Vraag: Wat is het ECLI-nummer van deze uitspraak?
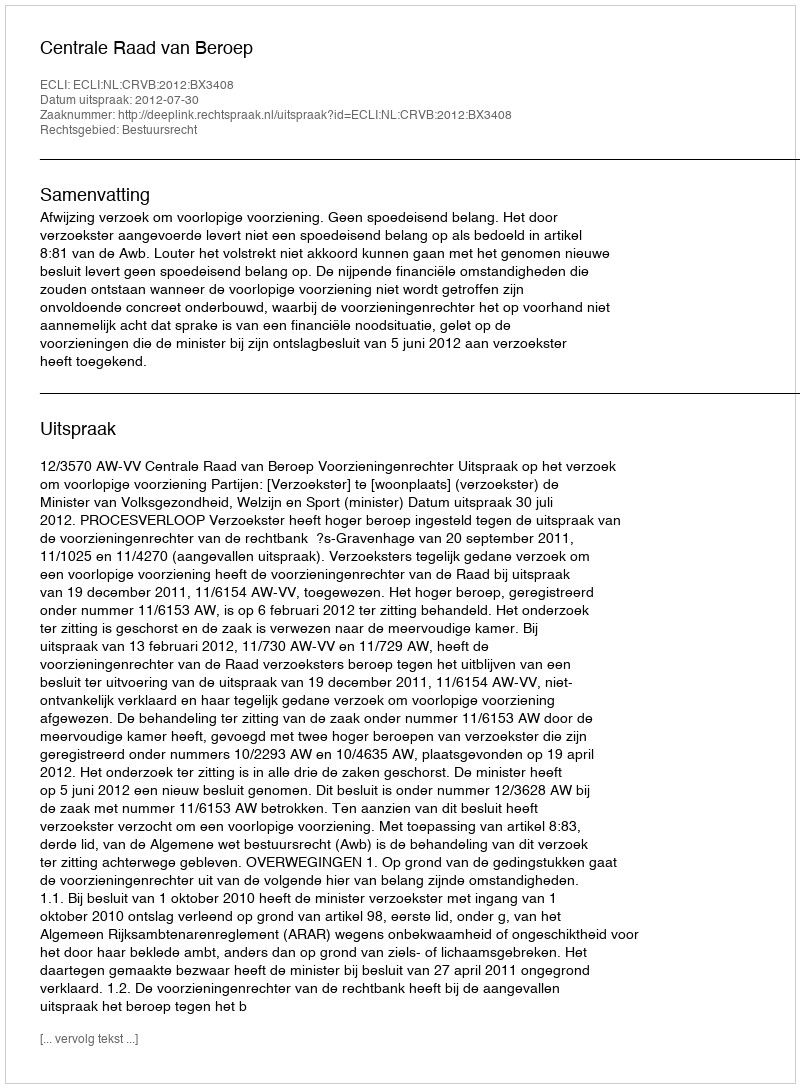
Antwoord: ECLI:NL:CRVB:2012:BX3408